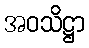
အဝသိဋ္ဌာ